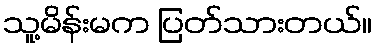
သူ့မိန်းမက ပြတ်သားတယ်။